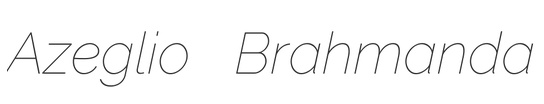
Azeglio Brahmanda